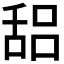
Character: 𰰁